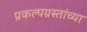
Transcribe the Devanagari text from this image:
प्रकल्पग्रस्तांच्या